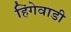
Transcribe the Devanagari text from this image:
हिंगेवाडी